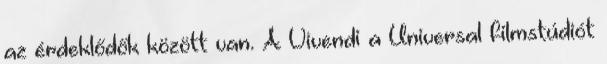
az érdeklődők között van. A Vivendi a Universal filmstúdiót